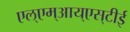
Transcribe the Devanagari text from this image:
एल्‌एम्‌आय्‌एस्‌टीई